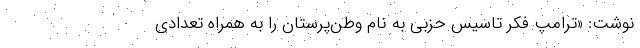
نوشت: «ترامپ فکر تاسیس حزبی به نام وطن‌پرستان‌ را به همراه تعدادی